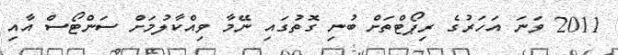
2011 ވަނަ އަހަރުގެ ރިޕޯޓްތަށް ބުނި ގޮތުގައި ނޭމާ ވިއްކާލުމަށް ސަންޓޯސް އާއި